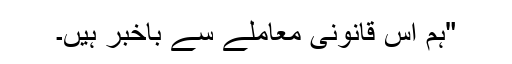
"ہم اس قانونی معاملے سے باخبر ہیں۔